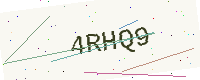
Text: 4RHQ9